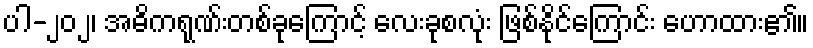
ပါ-၂၀၂၊ အဓိကရုဏ်းတစ်ခုကြောင့် လေးခုစလုံး ဖြစ်နိုင်ကြောင်း ဟောထား၏။